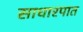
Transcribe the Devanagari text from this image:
साधारपात